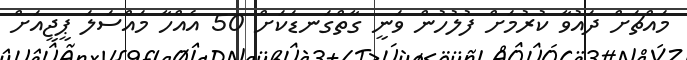
މައްޗަށް ދައުވާ ކުރުމަށް ފުލުހުން ވަނީ ގާތްގަނޑަކަށް 50 އެއްހާ މައްސަލަ ޕީޖީއަށް